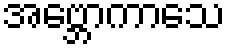
အဗ္ဘောကာသေ